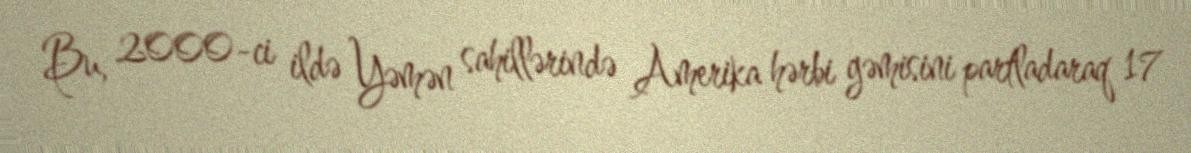
Bu, 2000-ci ildə Yəmən sahillərində Amerika hərbi gəmisini partladaraq 17